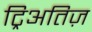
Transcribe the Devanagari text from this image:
ट्रिअतिज़